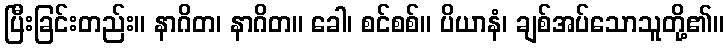
ပြီးခြင်းတည်း။ နာဂိတ၊ နာဂိတ။ ခေါ၊ စင်စစ်။ ပိယာနံ၊ ချစ်အပ်သောသူတို့၏။